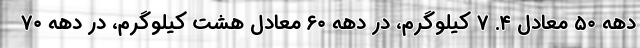
دهه ۵۰ معادل ۴. ۷ کیلوگرم، در دهه ۶۰ معادل هشت کیلوگرم، در دهه ۷۰